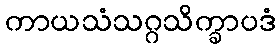
ကာယသံသဂ္ဂသိက္ခာပဒံ